Report on the bubonic plague in Bombay, 1896-1897
Year: 1896
Disease focus: Plague
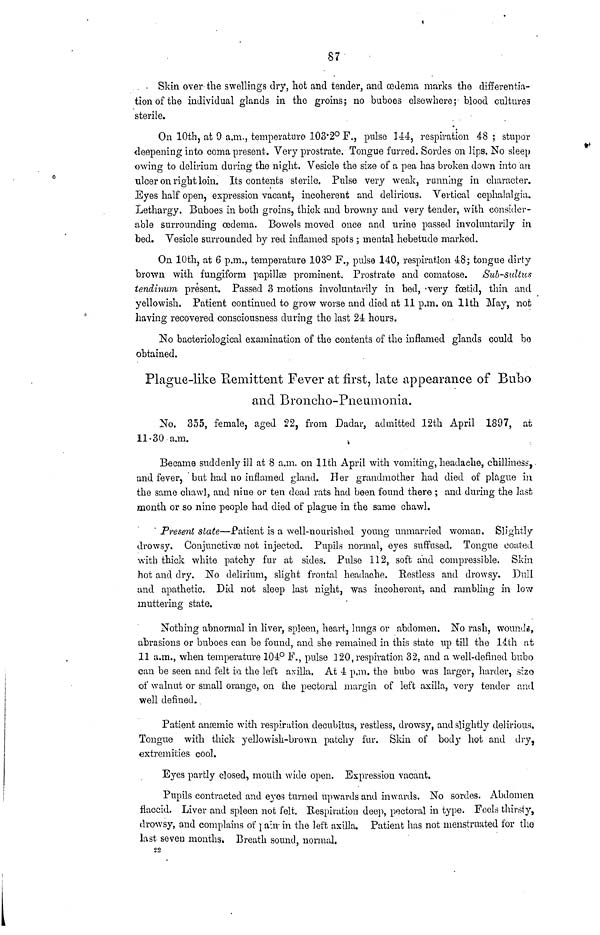
87
Skin over the swellings dry, hot and tender, and œdema marks the differentia-
tion of the individual glands in the groins; no buboes elsewhere; blood cultures
sterile.
On 10th, at 9 a.m., temperature 103.2° F., pulse 144, respiration 48; stupor
deepening into coma present. Very prostrate. Tongue furred. Sordes on lips. No sleep
owing to delirium during the night. Vesicle the size of a pea has broken down into an
ulcer on right loin. Its contents sterile. Pulse very weak, running in character.
Eyes half open, expression vacant, incoherent and delirious. Vertical cephalalgia.
Lethargy. Buboes in both groins, thick and browny and very tender, with consider-
able surrounding oedema. Bowels moved once and urine passed involuntarily in
bed. Vesicle surrounded by red inflamed spots ; mental hebetude marked.
On 10th, at 6 p.m., temperature 103° F., pulse 140, respiration 48; tongue dirty
brown with fungiform papillas prominent. Prostrate and comatose. Sub-sultus
tendinum present. Passed 3 motions involuntarily in bed, very fœtid, thin and
yellowish. Patient continued to grow worse and died at 11 p.m. on 11th May, not
having recovered consciousness during the last 24 hours.
No bacteriological examination of the contents of the inflamed glands could be
obtained.
Plague-like Remittent Fever at first, late appearance of Bubo
and Broncho-Pneumonia.
No. 355, female, aged 22, from Dadar, admitted 12th April 1897, at
11-30 a.m.
Became suddenly ill at 8 a.m. on 11th April with vomiting, headache, chilliness,
and fever, but had no inflamed gland. Her grandmother had died of plague in
the same chawl, and nine or ten (load rats had been found there ; and during the last
month or so nine people had died of plague in the same chawl.
Present state—Patient is a well-nourished young unmarried woman. Slightly
drowsy. Conjunctivæ not injected. Pupils normal, eyes suffused. Tongue coated
with thick white patchy fur at sides. Pulse 112, soft and compressible. Skin
hot and dry. No delirium, slight frontal headache. Restless and drowsy. Dull
and apathetic. Did not sleep last night, was incoherent, and rambling in low
muttering state.
Nothing abnormal in liver, spleen, heart, lungs or abdomen. No rash, wounds,
abrasions or buboes can be found, and she remained in this state up till the 14th at
11 a.m., when temperature 104° F., pulse 120, respiration 32. and a well-defined bubo
can be seen and felt in the left axilla. At 4 p.m. the bubo was larger, harder, size
of walnut or small orange, on the pectoral margin of left axilla, very tender and
well defined.
Patient anœmic with respiration decubitus, restless, drowsy, and slightly delirious.
Tongue with thick yellowish-brown, patchy fur. Skin of body hot and dry,
extremities cool.
Eyes partly closed, mouth wide open. Expression vacant.
Pupils contracted and eyes turned upwards and inwards. No sordes. Abdomen
flaccid. Liver and spleen not felt. Respiration deep, pectoral in type. Feels thirsty,
drowsy, and complains of pain in the left axilla. Patient has not menstruated for the
last seven months. Breath sound, normal.
22